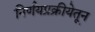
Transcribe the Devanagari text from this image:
निर्णयप्रक्रीयेतून